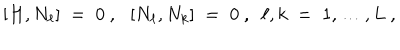
LaTeX: \left[ H , N _ { \ell } \right] \; = \; 0 ~ , ~ ~ \left[ N _ { \ell } , N _ { k } \right] \; = \; 0 ~ , ~ ~ \ell , k \; = \; 1 , \ldots , L ~ ,